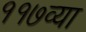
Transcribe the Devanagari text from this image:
११७व्या